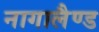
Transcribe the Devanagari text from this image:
नागालैण्‍ड